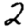
Digit: 2